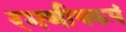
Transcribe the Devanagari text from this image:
रमणीयरूपं